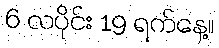
6 လပိုင်း 19 ရက်နေ့။